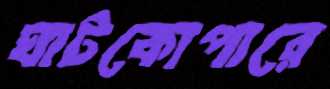
ঘাটকোপারে